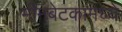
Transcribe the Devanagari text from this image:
भीमबेटकामध्ये